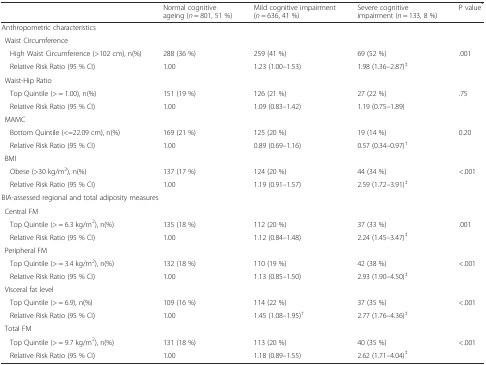
<table><thead><tr><td></td><td><b>Normal cognitive ageing (<i>n</i> = 801, 51 %)</b></td><td><b>Mild cognitive impairment (<i>n</i> = 636, 41 %)</b></td><td><b>Severe cognitive impairment (<i>n</i> = 133, 8 %)</b></td><td><b>P value<sup>*</sup></b></td></tr></thead><tbody><tr><td colspan="5">Anthropometric characteristics</td></tr><tr><td colspan="5">Waist Circumference</td></tr><tr><td>High Waist Circumference (&gt;102 cm), n(%)</td><td>288 (36 %)</td><td>259 (41 %)</td><td>69 (52 %)</td><td>.001</td></tr><tr><td>Relative Risk Ratio (95 % CI)</td><td>1.00</td><td>1.23 (1.00–1.53)</td><td>1.98 (1.36–2.87)<sup>‡</sup></td><td></td></tr><tr><td colspan="5">Waist-Hip Ratio</td></tr><tr><td>Top Quintile (&gt; = 1.00), n(%)</td><td>151 (19 %)</td><td>126 (21 %)</td><td>27 (22 %)</td><td>.75</td></tr><tr><td>Relative Risk Ratio (95 % CI)</td><td>1.00</td><td>1.09 (0.83–1.42)</td><td>1.19 (0.75–1.89)</td><td></td></tr><tr><td colspan="5">MAMC</td></tr><tr><td>Bottom Quintile (&lt;=22.09 cm), n(%)</td><td>169 (21 %)</td><td>125 (20 %)</td><td>19 (14 %)</td><td>0.20</td></tr><tr><td>Relative Risk Ratio (95 % CI)</td><td>1.00</td><td>0.89 (0.69–1.16)</td><td>0.57 (0.34–0.97)<sup>†</sup></td><td></td></tr><tr><td colspan="5">BMI</td></tr><tr><td>Obese (&gt;30 kg/m<sup>2</sup>), n(%)</td><td>137 (17 %)</td><td>124 (20 %)</td><td>44 (34 %)</td><td>&lt;.001</td></tr><tr><td>Relative Risk Ratio (95 % CI)</td><td>1.00</td><td>1.19 (0.91–1.57)</td><td>2.59 (1.72–3.91)<sup>‡</sup></td><td></td></tr><tr><td colspan="5">BIA-assessed regional and total adiposity measures</td></tr><tr><td colspan="5">Central FM</td></tr><tr><td>Top Quintile (&gt; = 6.3 kg/m<sup>2</sup>), n(%)</td><td>135 (18 %)</td><td>112 (20 %)</td><td>37 (33 %)</td><td>.001</td></tr><tr><td>Relative Risk Ratio (95 % CI)</td><td>1.00</td><td>1.12 (0.84–1.48)</td><td>2.24 (1.45–3.47)<sup>‡</sup></td><td></td></tr><tr><td colspan="5">Peripheral FM</td></tr><tr><td>Top Quintile (&gt; = 3.4 kg/m<sup>2</sup>), n(%)</td><td>132 (18 %)</td><td>110 (19 %)</td><td>42 (38 %)</td><td>&lt;.001</td></tr><tr><td>Relative Risk Ratio (95 % CI)</td><td>1.00</td><td>1.13 (0.85–1.50)</td><td>2.93 (1.90–4.50)<sup>‡</sup></td><td></td></tr><tr><td colspan="5">Visceral fat level</td></tr><tr><td>Top Quintile (&gt; = 6.9), n(%)</td><td>109 (16 %)</td><td>114 (22 %)</td><td>37 (35 %)</td><td>&lt;.001</td></tr><tr><td>Relative Risk Ratio (95 % CI)</td><td>1.00</td><td>1.45 (1.08–1.95)<sup>†</sup></td><td>2.77 (1.76–4.36)<sup>‡</sup></td><td></td></tr><tr><td colspan="5">Total FM</td></tr><tr><td>Top Quintile (&gt; = 9.7 kg/m<sup>2</sup>), n(%)</td><td>131 (18 %)</td><td>113 (20 %)</td><td>40 (35 %)</td><td>&lt;.001</td></tr><tr><td>Relative Risk Ratio (95 % CI)</td><td>1.00</td><td>1.18 (0.89–1.55)</td><td>2.62 (1.71–4.04)<sup>‡</sup></td><td></td></tr></tbody></table>